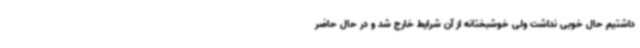
داشتیم حال خوبی نداشت ولی خوشبختانه از آن شرایط خارج شد و در حال حاضر